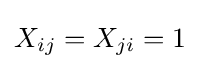
X_{ij}=X_{ji}=1